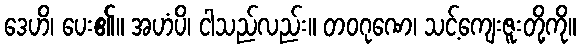
ဒေဟိ၊ ပေး၏။ အဟံပိ၊ ငါသည်လည်း။ တဝဂုဏေ၊ သင့်ကျေးဇူးတို့ကို။